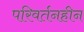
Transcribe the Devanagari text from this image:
परिवर्तनहीन